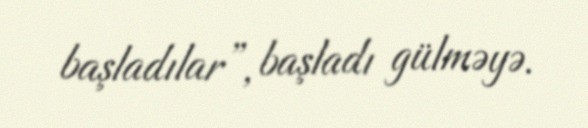
başladılar”, başladı gülməyə.